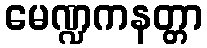
မေဏ္ဍကနတ္တာ